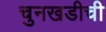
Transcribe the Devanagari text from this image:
चुनखडीची